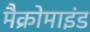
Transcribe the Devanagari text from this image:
मैक्रोमाइंड